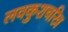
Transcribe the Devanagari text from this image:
लवकुशचरित्र